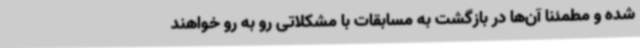
شده و مطمئنا آن‌ها در بازگشت به مسابقات با مشکلاتی رو به رو خواهند